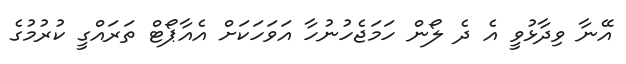
އޭނާ ވިދާޅުވީ އެ ދެ ލޯން ހަމަޖެހުނުހާ އަވަހަކަށް އެއާޕޯޓް ތަރައްގީ ކުރުމުގެ